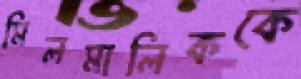
মিলমালিককে